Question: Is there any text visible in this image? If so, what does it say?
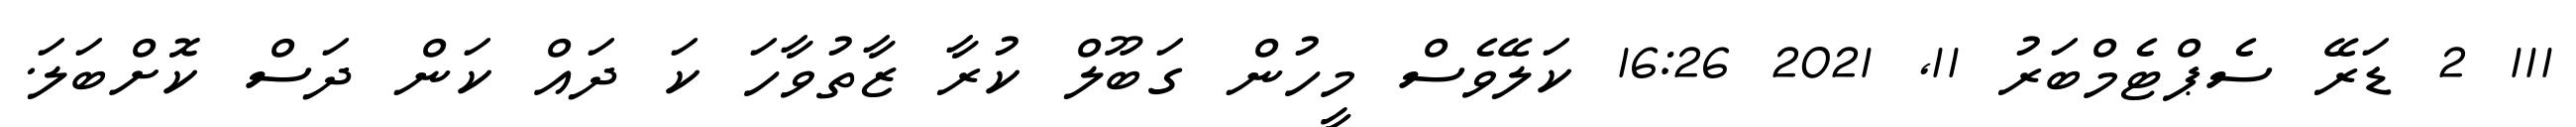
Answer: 111 2 ޑަރޭ ސެޕްޓެމްބަރު 11, 2021 16:26 ކަލޭވެސް މީހުން ގަބޫލް ކުރާ ޒާތުވާހަ ކަ ދައް ކަން ދަސް ކޮށްބަލަ.